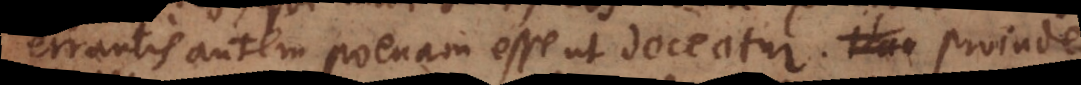
errantis autem poenam esse ut doceatur. Proinde